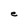
Character: e